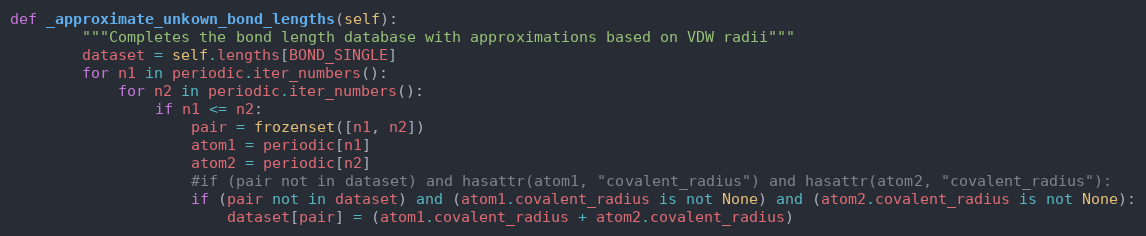
Language: Python
def _approximate_unkown_bond_lengths(self):
        """Completes the bond length database with approximations based on VDW radii"""
        dataset = self.lengths[BOND_SINGLE]
        for n1 in periodic.iter_numbers():
            for n2 in periodic.iter_numbers():
                if n1 <= n2:
                    pair = frozenset([n1, n2])
                    atom1 = periodic[n1]
                    atom2 = periodic[n2]
                    #if (pair not in dataset) and hasattr(atom1, "covalent_radius") and hasattr(atom2, "covalent_radius"):
                    if (pair not in dataset) and (atom1.covalent_radius is not None) and (atom2.covalent_radius is not None):
                        dataset[pair] = (atom1.covalent_radius + atom2.covalent_radius)